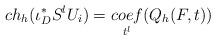
LaTeX: \begin{align*}ch_{h}(\iota_{D}^{*}S^{l}U_{i})=\underset{t^{l}}{coef}(Q_{h}(F,t))\end{align*}